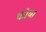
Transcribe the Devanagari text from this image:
कोव्स